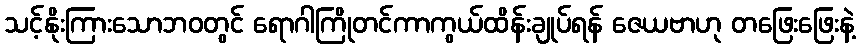
သင့်နိုးကြားသောဘဝတွင် ရောဂါကြိုတင်ကာကွယ်ထိန်းချုပ်ရန် ဇေယဗာဟု တဖြေးဖြေးနဲ့